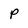
Character: P